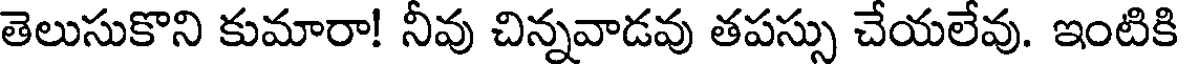
తెలుసుకొని కుమారా! నీవు చిన్నవాడవు తపస్సు చేయలేవు. ఇంటికి